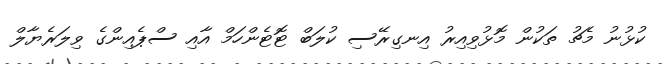
ކުޅުނު މެޗު ތަކުން މޮޅުވިއިރު އިނގިރޭސި ކުލަބް ޓޮޓެންހަމް އާއި ސްޕެއިންގެ ވިލަރެޔާލް